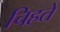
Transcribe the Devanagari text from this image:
चिहते